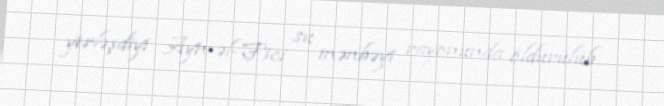
yerləşdiyi Ayn-əl-Fici su mənbəyi rayonunda öldürülüb.